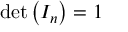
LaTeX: \operatorname* { d e t } \left( I _ { n } \right) = 1